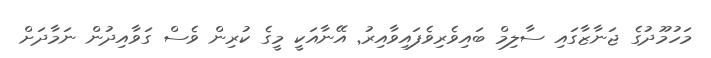
މަހުމޫދުގެ ޖަނާޒާގައި ސާލިމް ބައިވެރިވެފައިވާއިރު